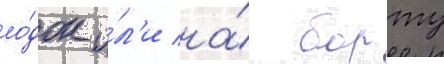
ло́док и́л'и на́ борту